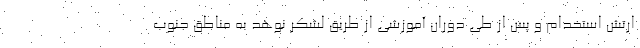
ارتش استخدام و پس از طی دوران آموزشی از طریق لشکر نوهد به مناطق جنوب